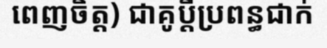
ពេញចិត្ត) ជាគូប្តីប្រពន្ធជាក់